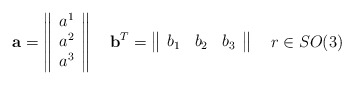
\begin{align*}{\bf a}=\left\|\begin{array}{c}a^1\\a^2\\a^3\end{array}\right\| \quad{\bf b}^T=\left\|\begin{array}{ccc}b_1&b_2&b_3\end{array}\right\|\quad r\in SO(3)\end{align*}